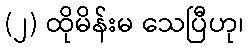
(၂) ထိုမိန်းမ သေပြီဟု၊